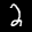
Label: 2